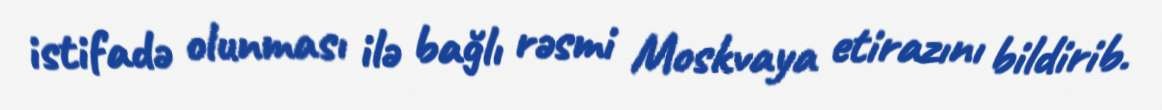
istifadə olunması ilə bağlı rəsmi Moskvaya etirazını bildirib.